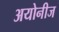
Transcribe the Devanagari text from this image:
अयोनीज